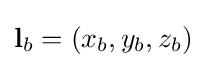
\mathbf {l} _{b}=(x_{b},y_{b},z_{b})